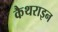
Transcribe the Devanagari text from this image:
कैथराइन